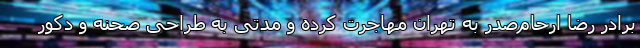
برادرِ رضا ارحام‌صدر به تهران مهاجرت کرده و مدتی به طراحی صحنه و دکور